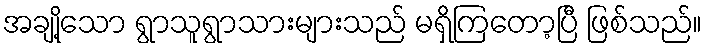
အချို့သော ရွာသူရွာသားများသည် မရှိကြတော့ပြီ ဖြစ်သည်။